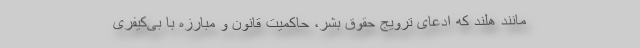
مانند هلند که ادعای ترویج حقوق بشر، حاکمیت قانون و مبارزه با بی‌کیفری